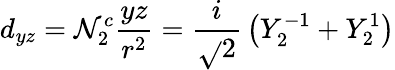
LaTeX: d_{yz}=\mathcal{N}_{2}^{c}{\frac{{yz}}{{r^{2}}}}={\frac{{i}}{{\sqrt{}{{2}}}}}\left(Y_{2}^{-1}+Y_{2}^{1}\right)